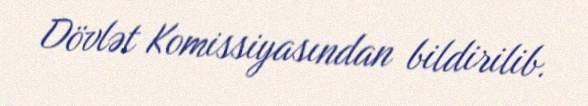
Dövlət Komissiyasından bildirilib.